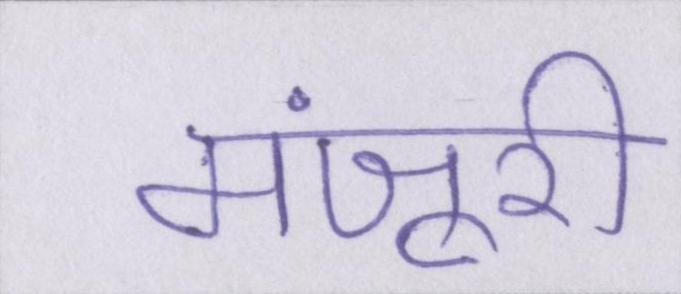
मंजूरी